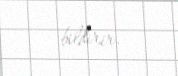
bildirir.